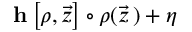
\mathbf { h } \left[ \boldsymbol { \rho } , \vec { z } \right] \circ \boldsymbol { \rho } ( \vec { z } \, ) + \boldsymbol { \eta }